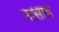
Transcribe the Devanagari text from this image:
नासाग्र